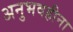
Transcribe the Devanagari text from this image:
अनुभवहीना